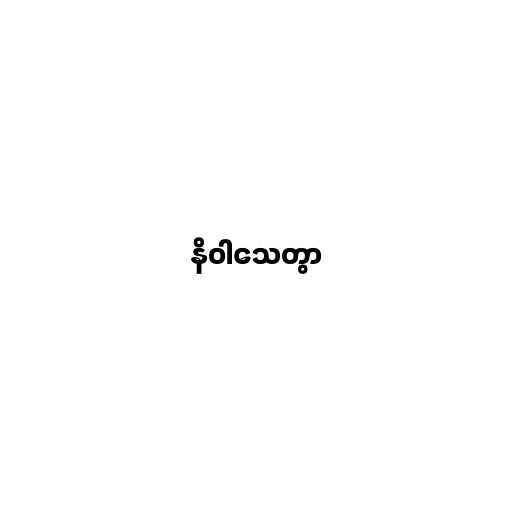
နိဝါသေတွာ